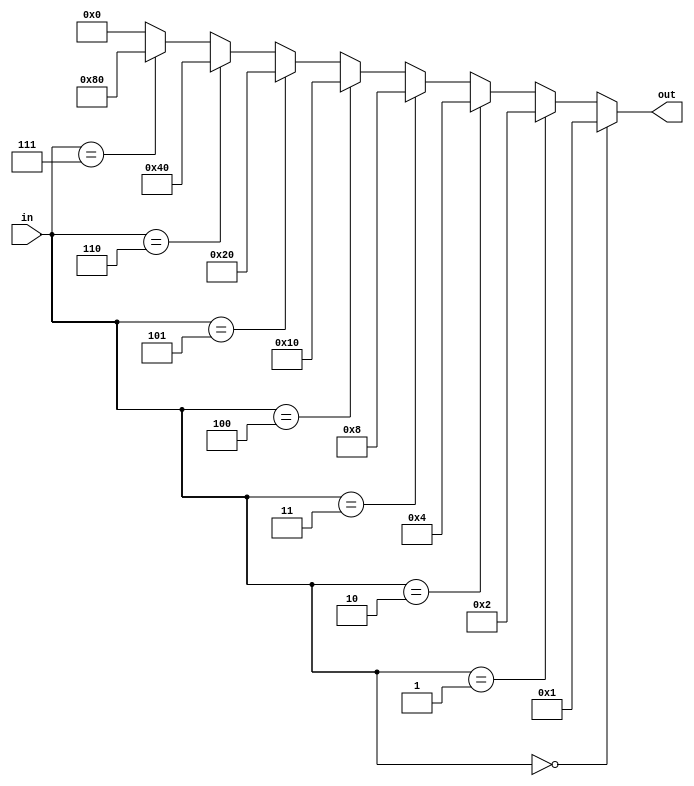
module decoder (in,out);
input [2:0] in;
output [7:0] out;
wire [7:0] out;
assign out  =  	(in == 3'b000 ) ? 8'b0000_0001 : 
(in == 3'b001 ) ? 8'b0000_0010 : 
(in == 3'b010 ) ? 8'b0000_0100 : 
(in == 3'b011 ) ? 8'b0000_1000 : 
(in == 3'b100 ) ? 8'b0001_0000 : 
(in == 3'b101 ) ? 8'b0010_0000 : 
(in == 3'b110 ) ? 8'b0100_0000 : 
(in == 3'b111 ) ? 8'b1000_0000 : 8'h00;
  	  	 
endmodule